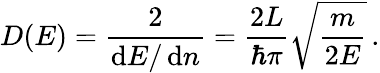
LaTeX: D(E)={\frac{2}{\operatorname{d}\! E/\operatorname{d}\! n}}={\frac{2L}{\hbar\pi}}{\sqrt{\frac{m}{2E}}}\, .